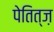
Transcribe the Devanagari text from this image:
पेतित्ज़